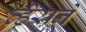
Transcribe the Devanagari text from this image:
व्हेराने